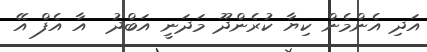
އަދި އެންމެން ކިޔާ ކުރެންދޫ މަދަނީ އަބްދު  އާ އެފް އޭ